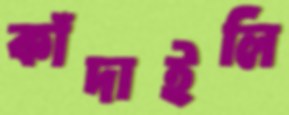
কাঁদাইলি